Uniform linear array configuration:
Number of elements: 16
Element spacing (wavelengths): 0.5
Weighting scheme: blackman
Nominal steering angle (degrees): -15
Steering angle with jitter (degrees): -16.286
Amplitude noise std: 0.05
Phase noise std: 0.05

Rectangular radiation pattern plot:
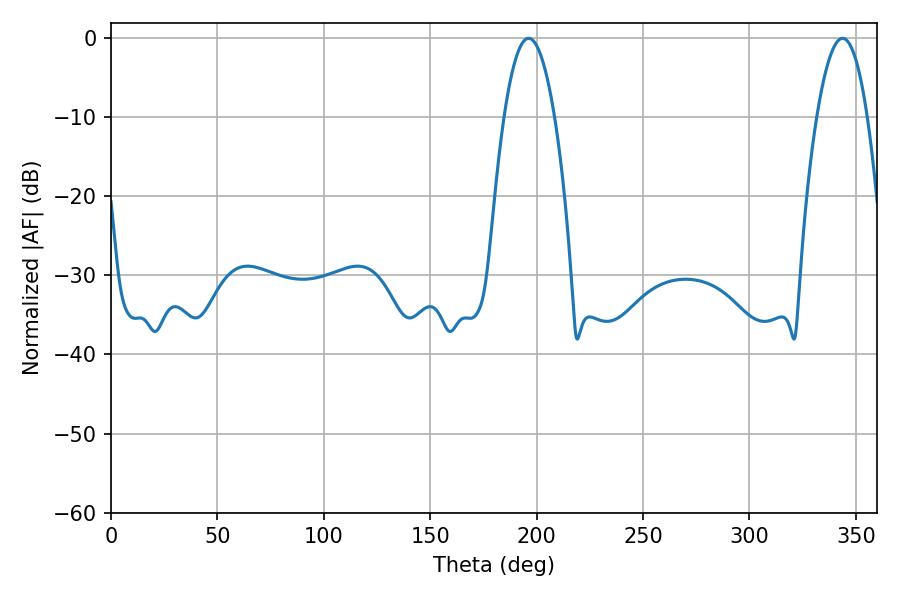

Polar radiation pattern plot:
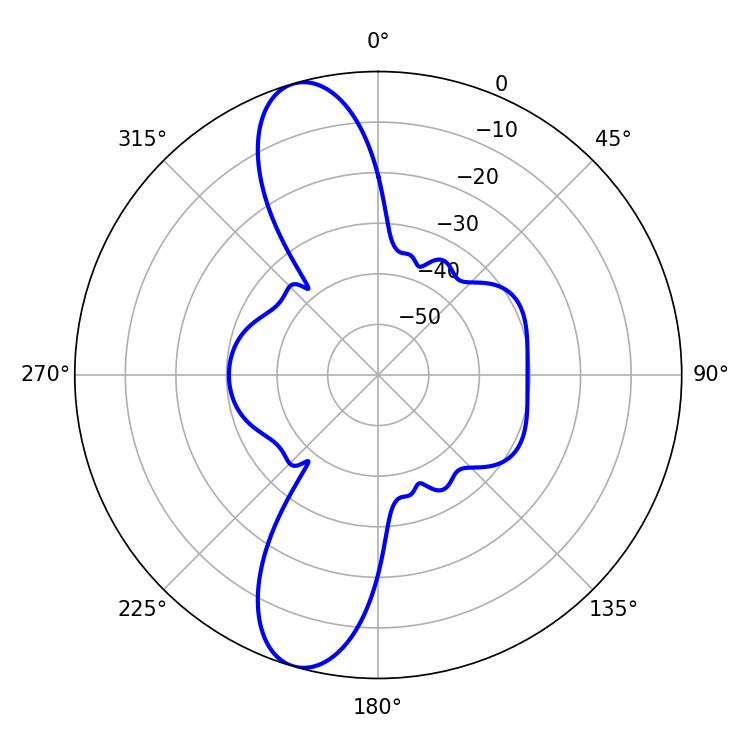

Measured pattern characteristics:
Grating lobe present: FALSE
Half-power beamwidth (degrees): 13.14
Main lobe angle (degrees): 196.2